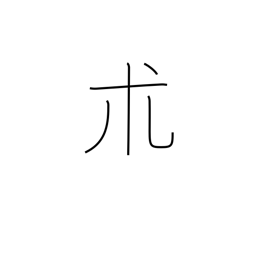
Meaning: a type of herb